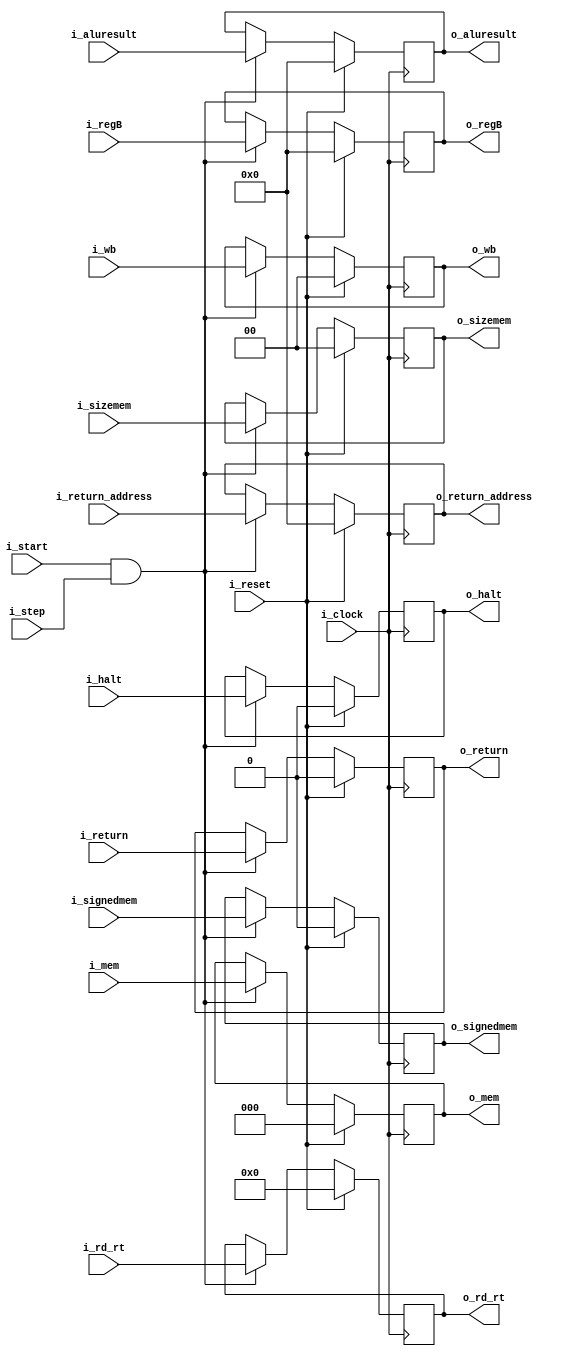
`timescale 1ns / 1ps
//////////////////////////////////////////////////////////////////////////////////
// Company: UNC FCEFyN
// 
// Design Name: 
// Module Name: EX_MEM
// Project Name: MIPS
// Target Devices: 
// Tool Versions: 
// Description: 
// 
// Dependencies: 
// 
// Revision:
// Revision 0.01 - File Created
// Additional Comments:
// 
//////////////////////////////////////////////////////////////////////////////////


module EX_MEM
    #(  //PARAMETERS
        parameter DATA_WIDTH = 32
    )
    (   //INPUTS
        input                       i_clock,
        input                       i_reset,
        input                       i_start,
        input                       i_step,
        input [DATA_WIDTH - 1:0]    i_aluresult,
        input [DATA_WIDTH - 1:0]    i_regB,
        input [4:0]                 i_rd_rt,
        input [2:0]                 i_mem,
        input [1:0]                 i_wb,
        input [1:0]                 i_sizemem,
        input                       i_signedmem,
        input [DATA_WIDTH - 1:0]    i_return_address,
        input                       i_return,
        input                       i_halt,
        //OUTPUTS
        output [DATA_WIDTH - 1:0]   o_aluresult,
        output [DATA_WIDTH - 1:0]   o_regB,
        output [4:0]                o_rd_rt,
        output [2:0]                o_mem,
        output [1:0]                o_wb,
        output [1:0]                o_sizemem,
        output                      o_signedmem,
        output [DATA_WIDTH - 1:0]   o_return_address,
        output                      o_return,
        output                      o_halt
        );

    reg [DATA_WIDTH - 1:0]  aluresult;
    reg [DATA_WIDTH - 1:0]  regB;
    reg [4:0]               rd_rt;
    reg [2:0]               mem;
    reg [1:0]               wb;
    reg [1:0]               sizemem;
    reg                     signedmem;
    reg [DATA_WIDTH - 1:0]  return_address;
    reg                     return;
    reg                     halt;

    assign o_aluresult      = aluresult;
    assign o_regB           = regB;
    assign o_rd_rt          = rd_rt;
    assign o_mem            = mem;
    assign o_wb             = wb;
    assign o_sizemem        = sizemem;
    assign o_signedmem      = signedmem;
    assign o_return_address = return_address;
    assign o_return         = return;
    assign o_halt           = halt;
    
    always @(posedge i_clock) begin
        if (i_reset) begin
            aluresult       <= 0;
            regB            <= 0;
            rd_rt           <= 0;
            mem             <= 0;
            wb              <= 0;
            sizemem         <= 0;
            signedmem       <= 0;
            return          <= 0;
            return_address  <= 0;
            halt            <= 0;
        end
        else if (i_start && i_step) begin
            aluresult       <= i_aluresult;
            regB            <= i_regB;
            rd_rt           <= i_rd_rt;
            mem             <= i_mem;
            wb              <= i_wb;
            sizemem         <= i_sizemem;
            signedmem       <= i_signedmem;
            return          <= i_return;
            return_address  <= i_return_address;
            halt            <= i_halt;
        end
    end
endmodule